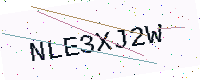
Text: NLE3XJ2W